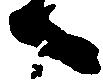
へ